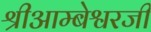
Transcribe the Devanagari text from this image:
श्रीआम्बेश्वरजी